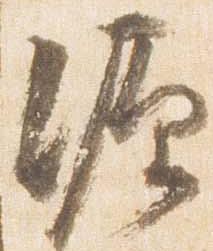
源